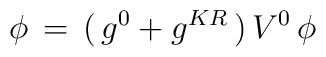
\phi\,=\,(\,g^0+g^{KR}\,)\,V^0\,\phi